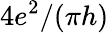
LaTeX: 4e^{2}/{(\pi}h)